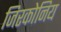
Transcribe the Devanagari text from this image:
जिरकोनिय